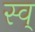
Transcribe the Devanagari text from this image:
स्व्